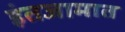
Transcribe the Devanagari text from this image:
इंतजामात